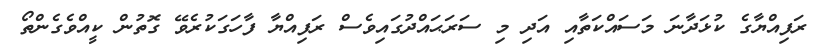
ރަފިއްޔާގެ ކުޅަދާނަ މަސައްކަތާއި އަދި މި ސަރަޙައްދުގައިވެސް ރަފިއްޔާ ފާހަގަކުރެވޭ ގޮތުން ކީއްވެގެންތޯ